画像に写った文字を読んでください
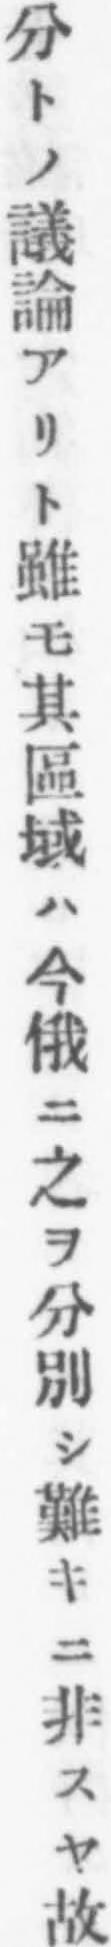
「分トノ議論アリト雖モ其區域ハ今俄ニ之ヲ分別シ難キニ非スヤ故」と書いてあります